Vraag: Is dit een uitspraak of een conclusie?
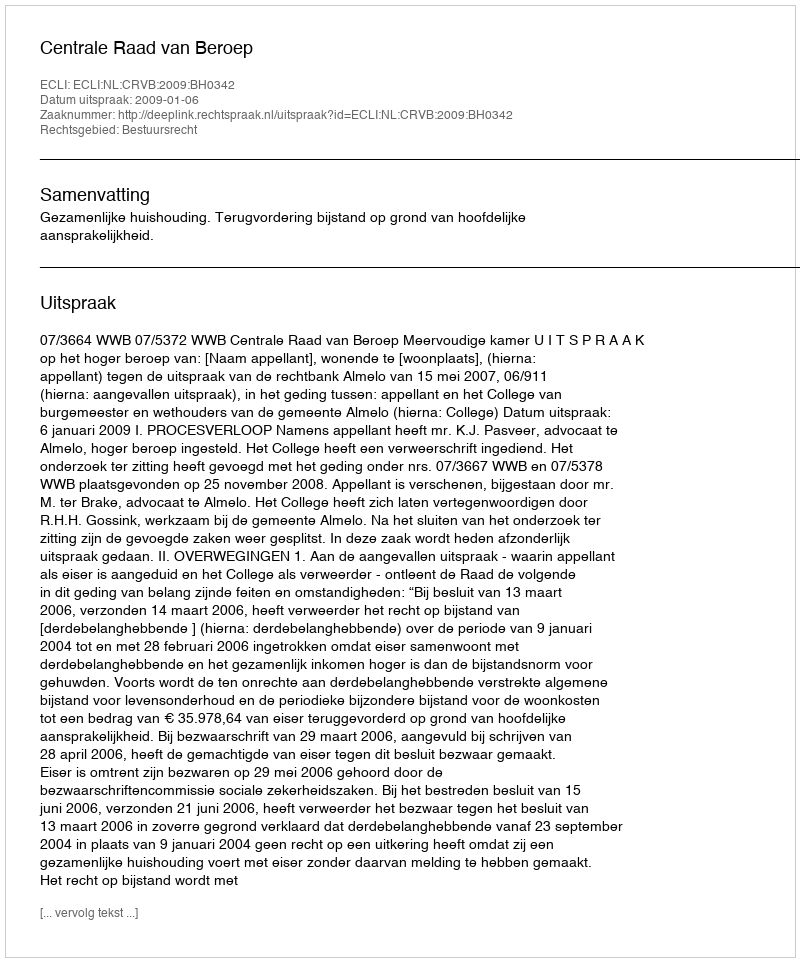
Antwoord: Uitspraak